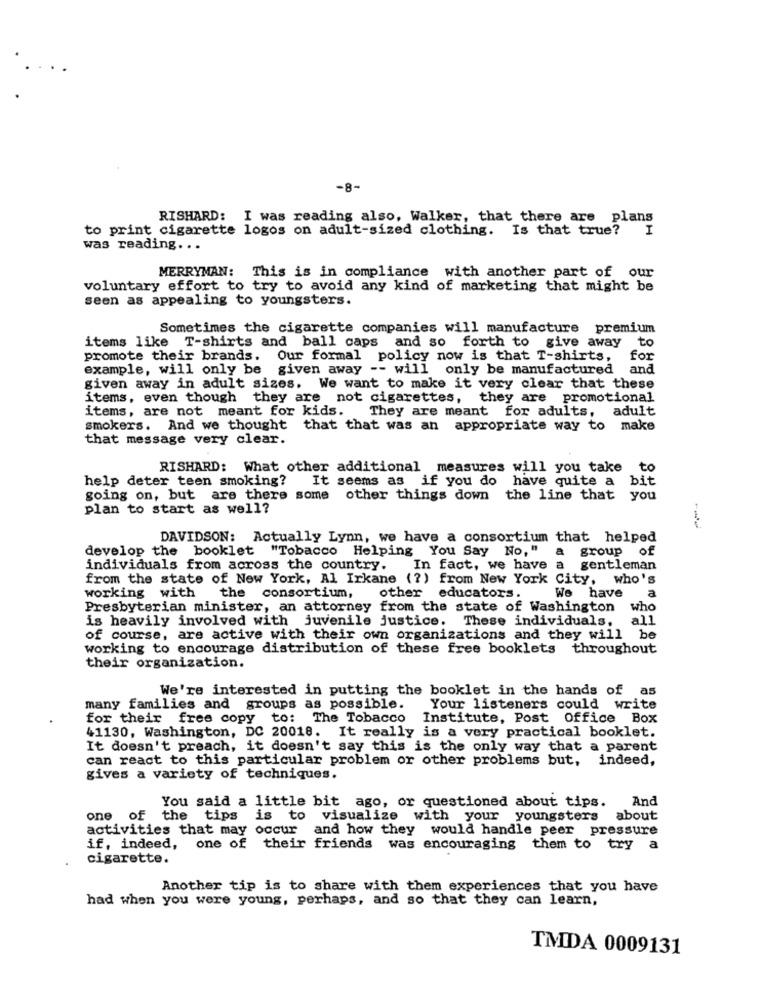
-8-
RISHARD: I was reading also, Walker, that there are plans
to print cigarette logos on adult-sized clothing. Is that true?
I
was reading ...
MERRYMAN: This is in compliance with another part of our
voluntary effort to try to avoid any kind of marketing that might be
seen as appealing to youngsters.
Sometimes the cigarette companies will manufacture premium
items like T-shirts and ball caps and so forth to give away to
promote their brands. Our formal policy now is that T-shirts,
for
example, will only be given away -- will only be manufactured
and
given away in adult sizes. We want to make it very clear that these
items, even though they are not cigarettes, they are promotional
items, are not meant for kids.
They are meant for adults,
adult
smokers. And we thought that that was an appropriate way to make
that message very clear.
RISHARD: What other additional measures will you take to
help deter teen smoking?
It seems as if you do have quite a bit
going on, but are there some other things down the line that you
plan to start as well?
DAVIDSON: Actually Lynn, we have a consortium that helped
develop the booklet "Tobacco Helping You Say No,"
a
group
of
individuals from across the country. In fact, we have a gentleman
from the state of New York, Al Irkane (?) from New York City, who's
a
working with the consortium,
other educators.
We have
Presbyterian minister, an attorney from the state of Washington
who
is heavily involved with juvenile justice. These individuals,
all
of course, are active with their own organizations and they will be
working to encourage distribution of these free booklets throughout
their organization.
We're interested in putting the booklet in the hands of as
many families and groups as possible.
Your listeners could write
for their free copy to: The Tobacco
Institute, Post Office Box
41130, Washington, DC 20018. It really is a very practical booklet.
It doesn't preach, it doesn't say this is the only way that a parent
can react to this particular problem or other problems but, indeed,
gives a variety of techniques.
You said a little bit ago, or questioned about tips. And
one of the tips is to visualize with your youngsters about
activities that may occur and how they would handle peer pressure
if, indeed, one of their friends was encouraging them to try a
cigarette.
Another tip is to share with them experiences that you have
had when you were young, perhaps, and so that they can learn,
TMDA 0009131